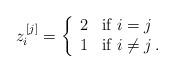
LaTeX: \begin{align*}z^{\,[j]}_i=\left\{\begin{array}{cl}2&\hbox{if }i=j\\1&\hbox{if }i\neq j\,.\end{array}\right.\end{align*}